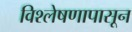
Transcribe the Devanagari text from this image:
विश्लेषणापासून